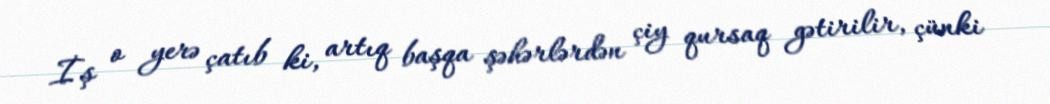
İş o yerə çatıb ki, artıq başqa şəhərlərdən çiy qursaq gətirilir, çünki